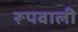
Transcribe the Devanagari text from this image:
रूपवाली